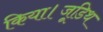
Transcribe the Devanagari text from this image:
किया।जूडिथ